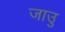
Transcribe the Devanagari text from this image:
जाउु